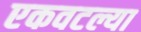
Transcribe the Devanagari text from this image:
एकवटल्या